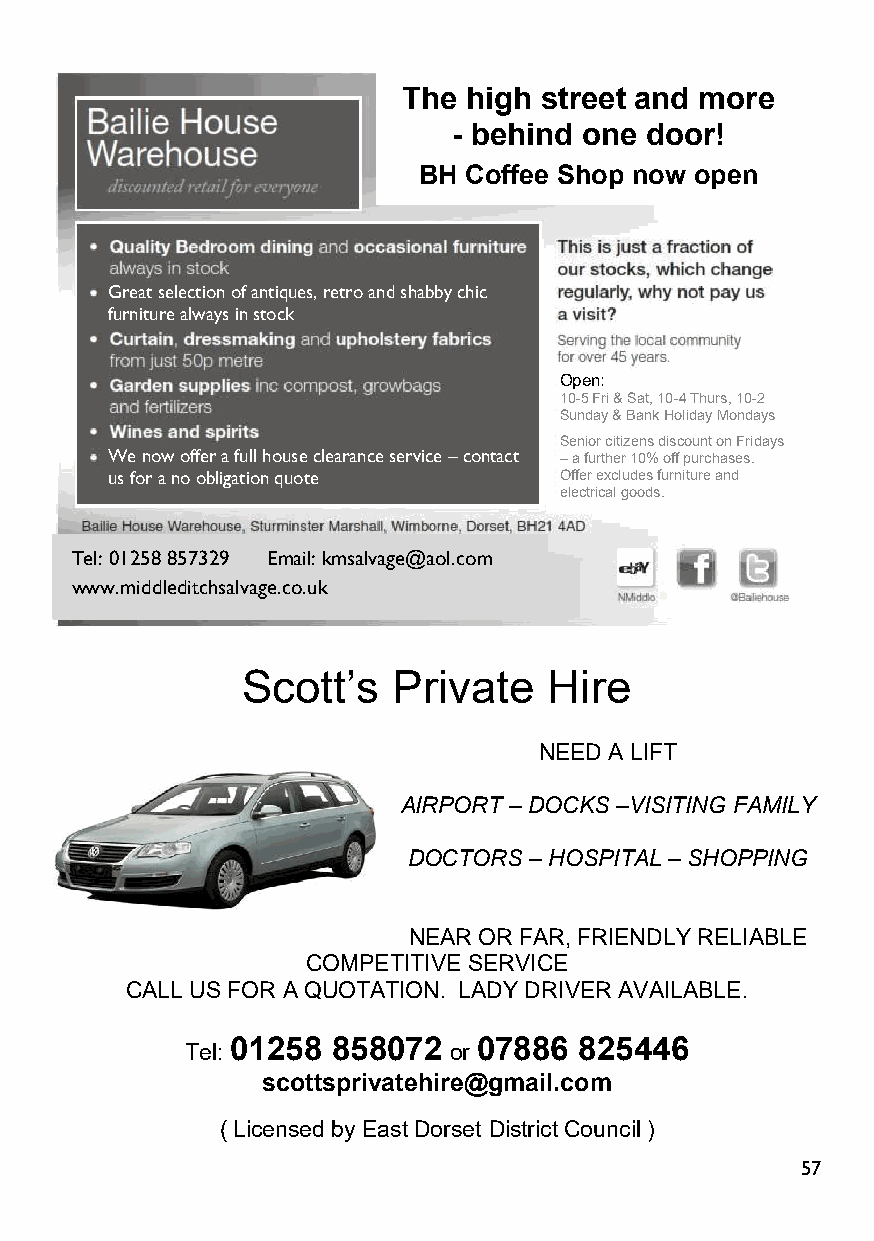
The high street and more
 - behind one door!
 BH Coffee Shop now open
 Great selection of antiques, retro and shabby chic
 furniture always in stock
 Open:
 10-5 Fri & Sat, 10-4 Thurs, 10-2
 Sunday & Bank Holiday Mondays
 Senior citizens discount on Fridays
 We now offer a full house clearance service–contact –a further 10% off purchases.
 us for a no obligation quote  Offer excludes furniture and
 electrical goods.
 Tel: 01258 857329 Email:kmsalvage@aol.com
 www.middleditchsalvage.co.uk
 Scott’s   Private   Hire
 NEED A LIFT
 AIRPORT –DOCKS –VISITING FAMILY
 DOCTORS –HOSPITAL– SHOPPING
 NEAR OR FAR, FRIENDLY RELIABLE
 COMPETITIVE SERVICE
 CALL US FOR A QUOTATION. LADY DRIVER AVAILABLE.
 Tel: 01258 858072 or 07886 825446
 scottsprivatehire@gmail.com
 ( Licensed by East Dorset District Council )
 57